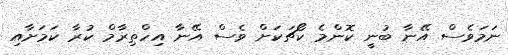
ނަމަވެސް އޭނާ ބުނީ ކޮންމެ ކޯޗަކަށް ވެސް އޭނާ އިހްތިރާމް ކުރާ ކަމަށާއި